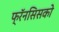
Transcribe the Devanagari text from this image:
फ्रॅनसिसको